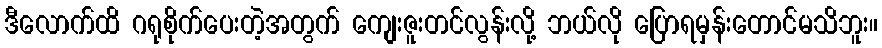
ဒီလောက်ထိ ဂရုစိုက်ပေးတဲ့အတွက် ကျေးဇူးတင်လွန်းလို့ ဘယ်လို ပြောရမှန်းတောင်မသိဘူး။